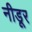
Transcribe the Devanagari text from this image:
नीडूर